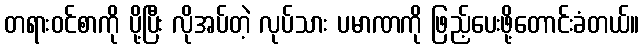
တရားဝင်စာကို ပို့ပြီး လိုအပ်တဲ့ လုပ်သား ပမာဏကို ဖြည့်ပေးဖို့တောင်းခံတယ်။